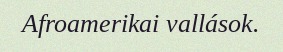
Afroamerikai vallások.